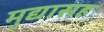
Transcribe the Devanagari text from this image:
मुद्यासह